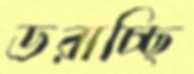
ডরাচ্ছি